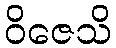
ဝိဇေသိ